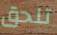
تلحق